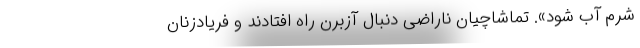
شرم آب شود». تماشاچیان ناراضی دنبال آزبُرن راه افتادند و فریادزنان